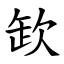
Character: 欫